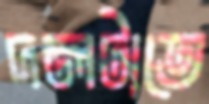
দলটাতে